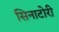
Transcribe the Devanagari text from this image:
सिनाटोरी